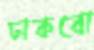
ঢাকবো